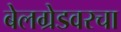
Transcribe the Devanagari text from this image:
बेलग्रेडवरचा